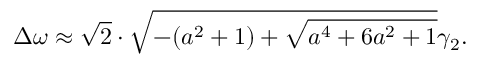
\Delta \omega \approx \sqrt { 2 } \cdot \sqrt { - ( a ^ { 2 } + 1 ) + \sqrt { a ^ { 4 } + 6 a ^ { 2 } + 1 } } \gamma _ { 2 } .